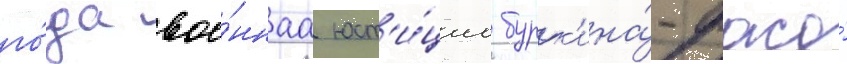
го́да вое́ннаа юст'и́циа бурк'ина́-фасо́